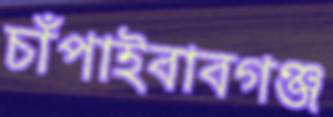
চাঁপাইবাবগঞ্জ